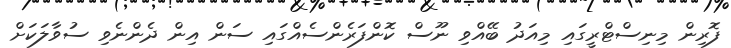
ފޮރިން މިނިސްޓްރީގައި މިއަދު ބޭއްވި ނޫސް ކޮންފަރެންސެއްގައި ސަން އިން ދެންނެވި ސުވާލަކަށް